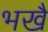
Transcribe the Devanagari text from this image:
भखै